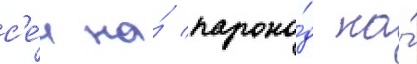
с'е́л на́ парохо́д на́